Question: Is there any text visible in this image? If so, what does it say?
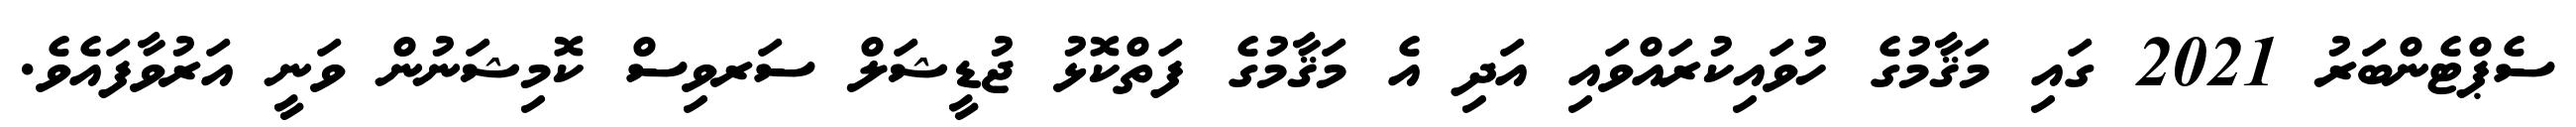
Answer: ސެޕްޓެންބަރު 2021 ގައި މަޤާމުގެ ހުވައިކުރައްވައި އަދި އެ މަޤާމުގެ ފަތްކޮޅު ޖުޑީޝަލް ސަރވިސް ކޮމިޝަނުން ވަނީ އަރުވާފައެވެ.